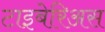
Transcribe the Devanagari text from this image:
टाइबेरिअस